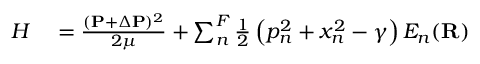
\begin{array} { r l } { H } & { { } = \frac { ( \mathbf { P } + \Delta \mathbf { P } ) ^ { 2 } } { 2 \mu } + \sum _ { n } ^ { F } \frac { 1 } { 2 } \left( p _ { n } ^ { 2 } + x _ { n } ^ { 2 } - \gamma \right) E _ { n } ( \mathbf { R } ) } \end{array}